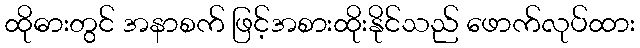
ထိုဓားတွင် အနာစက် ဖြင့်အစားထိုးနိုင်သည် ဖောက်လုပ်ထား